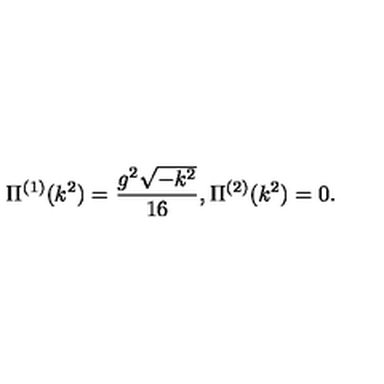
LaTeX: \Pi ^ { ( 1 ) } ( k ^ { 2 } ) = \frac { g ^ { 2 } \sqrt { - k ^ { 2 } } } { 1 6 } , \Pi ^ { ( 2 ) } ( k ^ { 2 } ) = 0 .